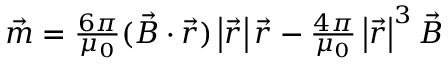
\begin{array} { r } { \vec { m } = \frac { 6 \pi } { \mu _ { 0 } } ( \vec { B } \cdot \vec { r } ) \left| \vec { r } \right| \vec { r } - \frac { 4 \pi } { \mu _ { 0 } } \left| \vec { r } \right| ^ { 3 } \vec { B } } \end{array}